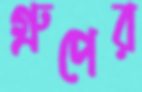
গ্রুপের